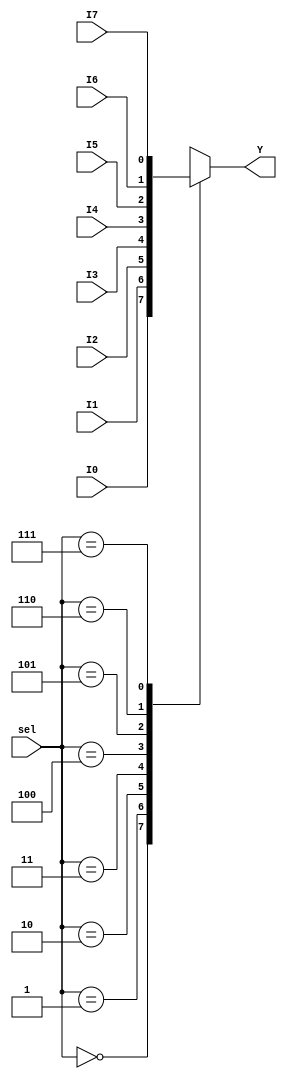
`timescale 1ns / 1ps
//////////////////////////////////////////////////////////////////////////////////
// Company: 
// Engineer: 
// 
// Design Name: 
// Module Name: MUX_8to1_1bit
// Project Name: 
// Target Devices: 
// Tool Versions: 
// Description: 
// 
// Dependencies: 
// 
// Revision:
// Revision 0.01 - File Created
// Additional Comments:
// 
//////////////////////////////////////////////////////////////////////////////////


module MUX_8to1_1bit(
output reg Y,
input I0,I1,I2,I3,I4,I5,I6,I7,
input [2:0]sel
    );
    /*
    wire S0,S1,S2;
    wire Y0,Y1,Y2,Y3,Y4,Y5,Y6,Y7;
    not N0(S0,sel_0);
    not N1(S1,sel_1);
    not N2(S2,sel_2);
    
    and A0(Y0,I0,S2,S1,S0);
    and A1(Y1,I1,S2,S1,sel_0);
    and A2(Y2,I2,S2,sel_1,S0);
    and A3(Y3,I3,S2,sel_1,sel_0);
    and A4(Y4,I4,sel_2,S1,S0);
    and A5(Y5,I5,sel_2,S1,sel_0);
    and A6(Y6,I6,sel_2,sel_1,S0);
    and A7(Y7,I7,sel_2,sel_1,sel_0);
    wire Z0,Z1;
    or O0(Z0,Y0,Y1,Y2,Y3);
    or O1(Z1,Y4,Y5,Y6,Y7);
    or O2(Y,Z0,Z1);
    */
always @(*) 
    case(sel) 
        3'd0:Y=I0; 
        3'd1:Y=I1; 
        3'd2:Y=I2; 
        3'd3:Y=I3; 
        3'd4:Y=I4; 
        3'd5:Y=I5; 
        3'd6:Y=I6; 
        3'd7:Y=I7; 
    endcase 
    
endmodule